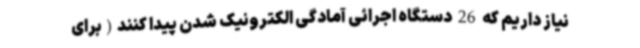
نیاز داریم که 26 دستگاه اجرائی آمادگی الکترونیک شدن پیدا کنند(برای